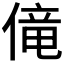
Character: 𫣏